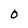
Character: o